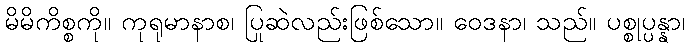
မိမိကိစ္စကို။ ကုရုမာနာစ၊ ပြုဆဲလည်းဖြစ်သော။ ဝေဒနာ၊ သည်။ ပစ္စုပ္ပန္နာ၊